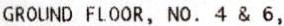
GROUND FLOOR, NO. 4 & 6,